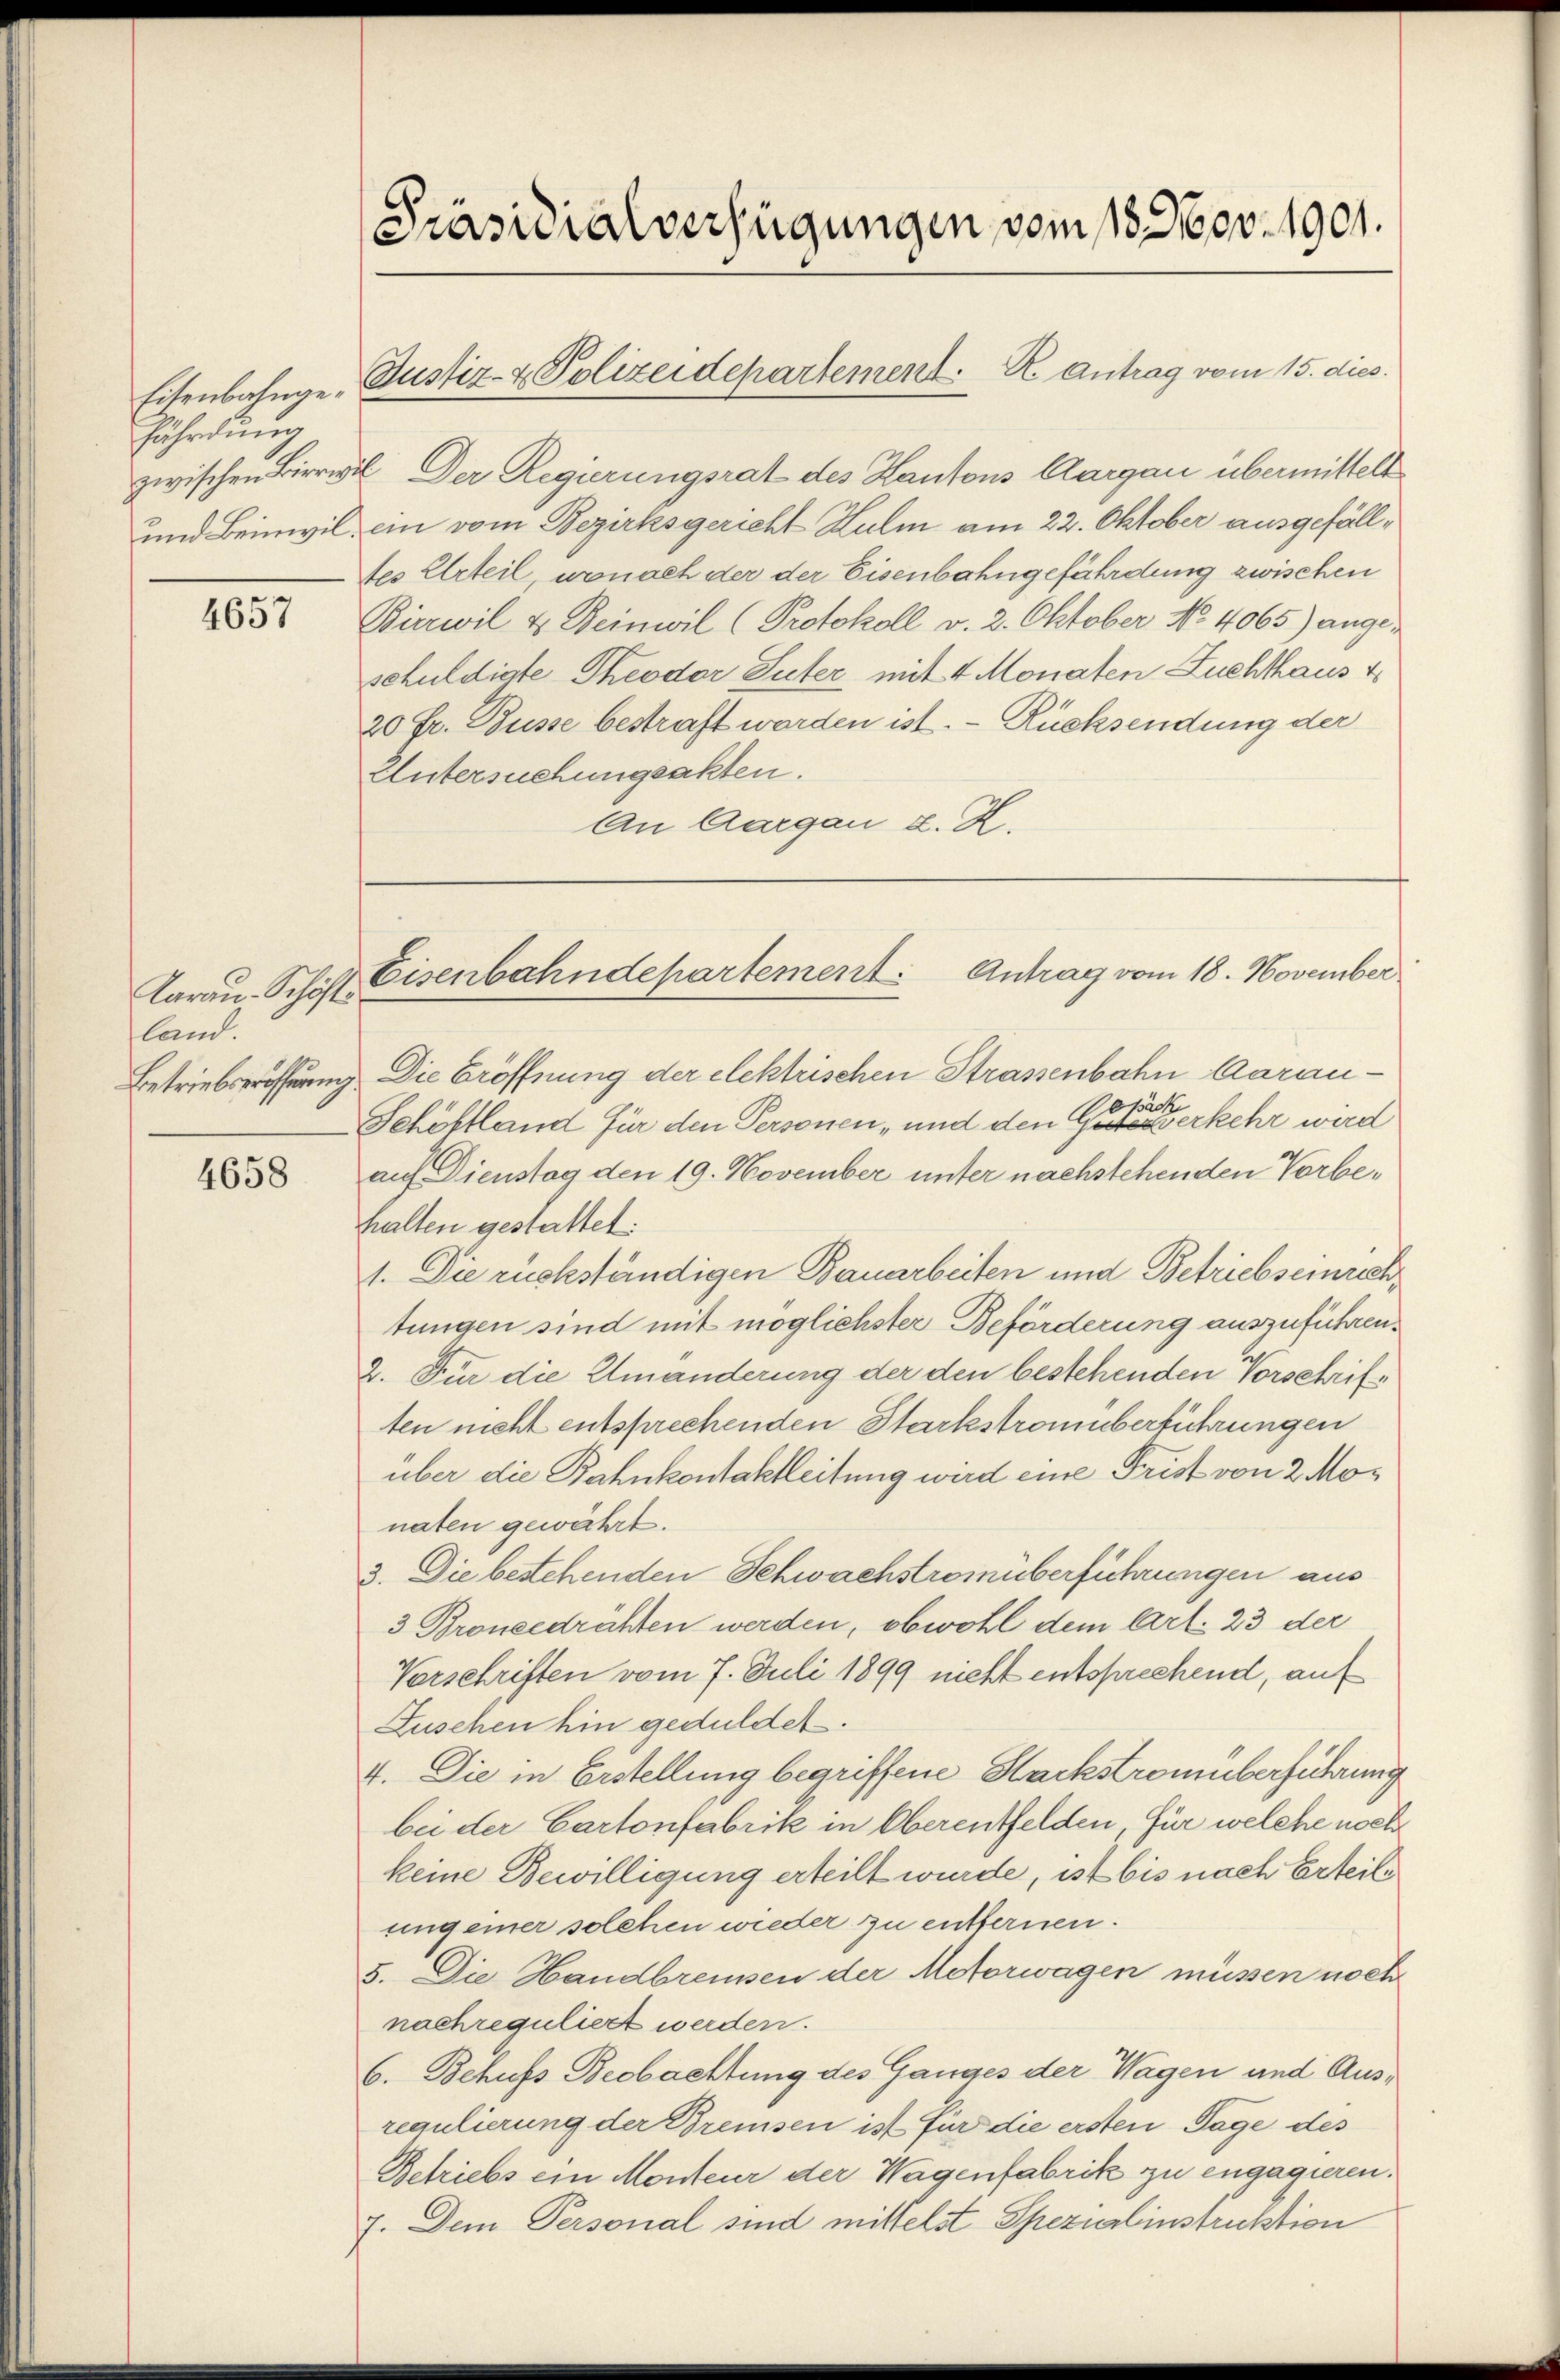
Eisenbahngefährdung
und Beinwil.

4657

Aarau Schöfte
land.
Betriebseröffnung.

4658

Präsidialverfügungen vom 18. Nov. 1901.

Justiz- & Polizeidepartement. R. Antrag vom 15. dies

Eisenbahndepartement: Antrag vom 18. November

zwischen Bierwil. Der Regierungsrat des Kantons Aargau übermittelt
ein vom Bezirksgericht Hulm am 22. Oktober ausgefäll¬
Aes Urteil, wonach der der Eisenbahngefährdung zwischen
Bierwil & Beinwil (Protokoll v. 2. Oktober No. 4065) angeschuldigte Theodor Suter mit 4 Monaten Zuchthaus v
20 Fr. Busse bestraft worden ist. - Rücksendung der
Untersuchungsakten.
An Aargau d. Z.
Die Eröffnung der elektrischen Strassenbahn daran¬
Bepack
Schöbtland für den Personen, und den Güterverkehr wird
auf Dienstag den 19. November unter nachstehenden Vorbehalten gestattet:
1. Die rückständigen Bauarbeiten und Betriebseinrich,
tungen sind mit möglichster Beförderung auszuführen.
2. Für die Umänderung der den bestehenden Vorschriften nicht entsprechenden Starkstromüberführungen
über die Bahnkontaktleitung wird eine Frist von 2 Monaten gewährt.
3. Die bestehenden Schwachstromüberführungen aus
3 Broneedrähten werden, obwohl dem Art. 23 der
Vorschriften vom 7. Juli 1899 nicht entsprechend, auf
Luschen hin geduldet.
4. Die in Erstellung begriffene Hackstromüberführung
bei der Cartonfabrik in Oberentfelden, für welche noch
keine Bewilligung erteilt wurde, ist bis nach Erteile
ungener solchen wieder zu entfernen.
5. Die Handbreisen der Actorwagen müssen noch
nachreguliert werden.
6. Behufs Beobachtung des Ganges der Wagen und Ausregulierung der Bremsen ist für die ersten Tage des
Betriebs ein Monteur der Wagenfabrik zu engagieren.
7. Dem Personal sind mittelst Spezialinstruktion